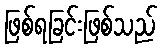
ဖြစ်ရခြင်းဖြစ်သည်